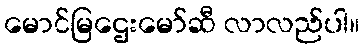
မောင်မြဌေးမော်ဆီ လာလည်ပါ။